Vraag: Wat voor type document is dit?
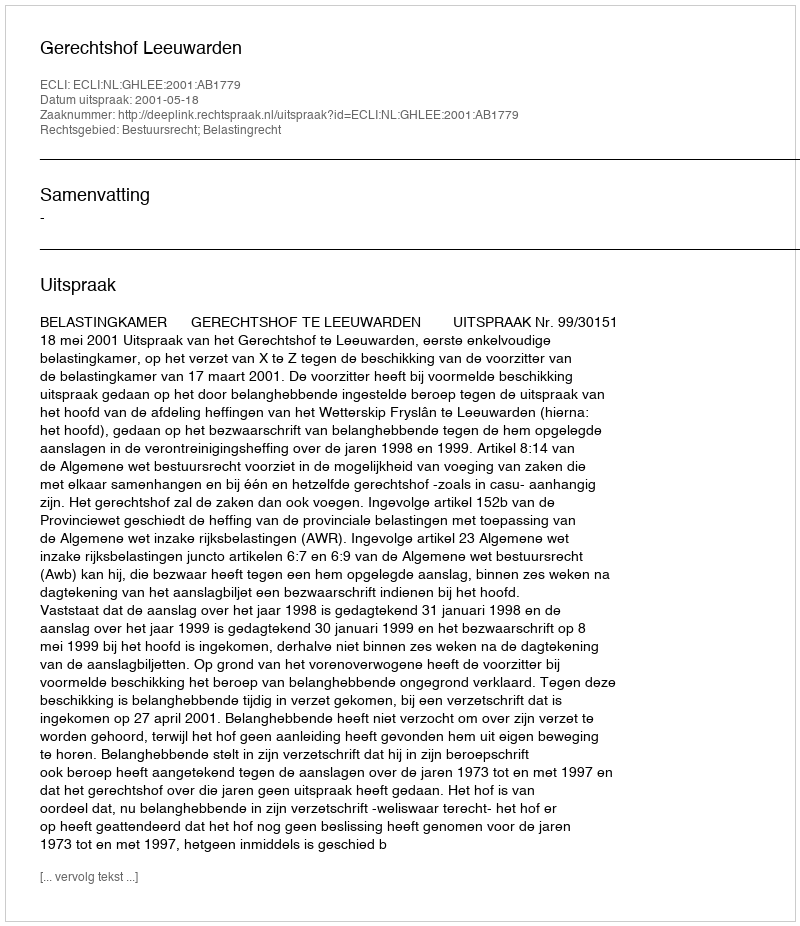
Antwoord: Uitspraak